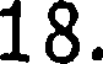
18.